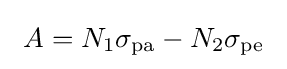
~A=N_{1}\sigma _{\rm {pa}}-N_{2}\sigma _{\rm {pe}}~